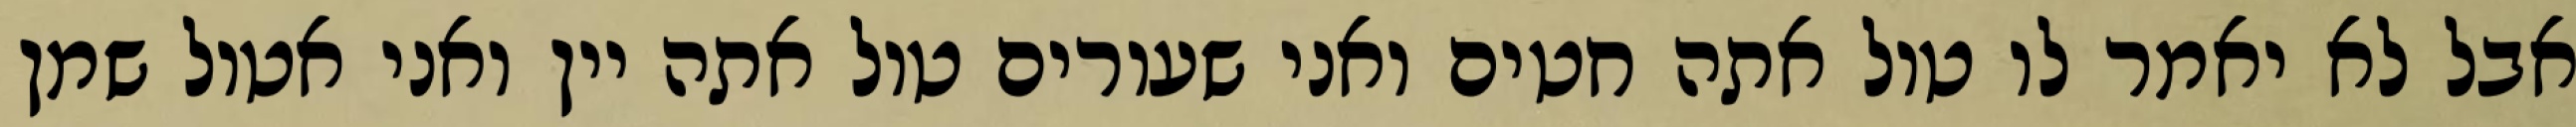
אבל לא יאמר לו טול אתה חטים ואני שעורים טול אתה יין ואני אטול שמן